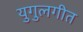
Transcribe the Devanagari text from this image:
युगुलगीत